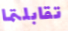
تقابلتما